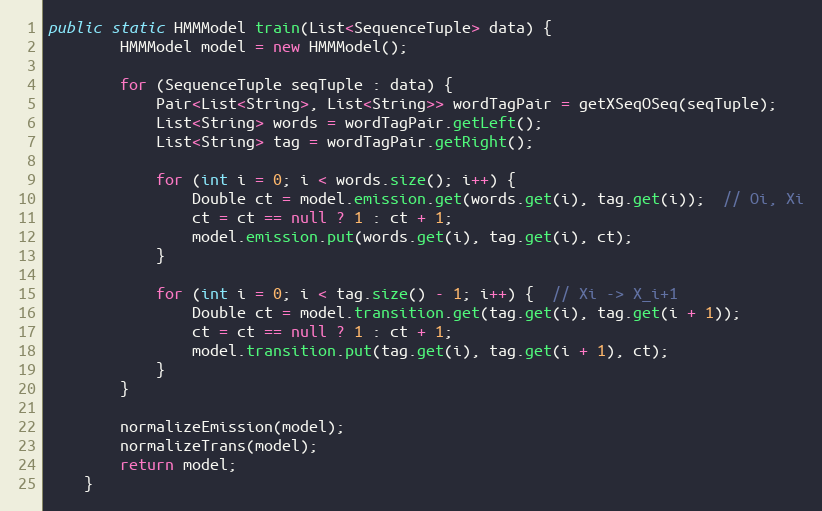
Language: Java
public static HMMModel train(List<SequenceTuple> data) {
        HMMModel model = new HMMModel();

        for (SequenceTuple seqTuple : data) {
            Pair<List<String>, List<String>> wordTagPair = getXSeqOSeq(seqTuple);
            List<String> words = wordTagPair.getLeft();
            List<String> tag = wordTagPair.getRight();

            for (int i = 0; i < words.size(); i++) {
                Double ct = model.emission.get(words.get(i), tag.get(i));  // Oi, Xi
                ct = ct == null ? 1 : ct + 1;
                model.emission.put(words.get(i), tag.get(i), ct);
            }

            for (int i = 0; i < tag.size() - 1; i++) {  // Xi -> X_i+1
                Double ct = model.transition.get(tag.get(i), tag.get(i + 1));
                ct = ct == null ? 1 : ct + 1;
                model.transition.put(tag.get(i), tag.get(i + 1), ct);
            }
        }

        normalizeEmission(model);
        normalizeTrans(model);
        return model;
    }